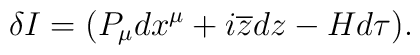
\delta I=(P_{\mu }dx^{\mu }+i\overline{z}dz-Hd\tau ).